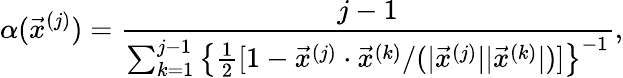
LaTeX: \alpha(\vec{x}^{(j)})=\frac{j-1}{\sum_{k=1}^{j-1}\left\{ \frac{1}{2}[1-\vec{x}^{(j)}\cdot\vec{x}^{(k)}/(|\vec{x}^{(j)}||\vec{x}^{(k)}|)]\right\} ^{-1}},